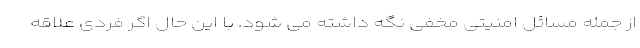
از جمله مسائل امنیتی مخفی نگه داشته می شود. با این حال اگر فردی علاقه